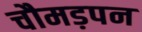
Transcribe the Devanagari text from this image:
चौमड़पन